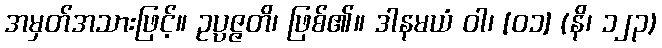
အမှတ်အသားဖြင့်။ ဥပ္ပဇ္ဇတိ၊ ဖြစ်၏။ ဒါနမယံ ဝါ၊ [၀၁] (နိ၊ ၁၂၃)